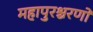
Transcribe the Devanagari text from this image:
महापुरश्चरणों